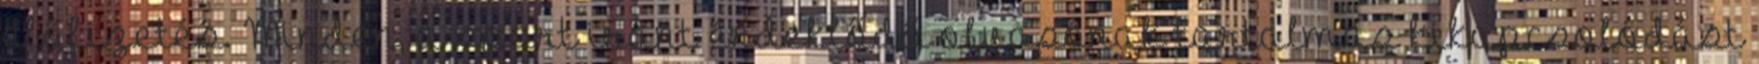
előfizetés. Minden, a sport iránt érdeklődő olvasónak tartalmas kikapcsolódást